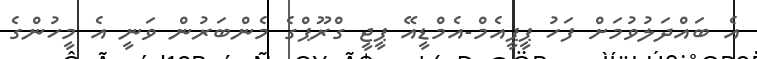
އެ ބައްދަލުވުމަށް ފަހު ޕީޕީއެމް-އެމްޑީއޭ ޕީޖީ ގްރޫޕްގެ މެންބަރުން ވަނީ އެ މީހުންގެ